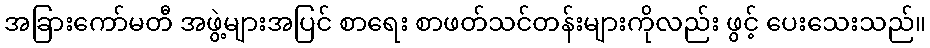
အခြားကော်မတီ အဖွဲ့များအပြင် စာရေး စာဖတ်သင်တန်းများကိုလည်း ဖွင့် ပေးသေးသည်။